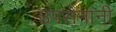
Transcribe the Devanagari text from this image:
उपसेनानी